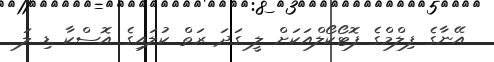
އޭނާގެ ފިލްމްގެ ފޮޓޯކޯލްއަކަށް ލީ ގަދަ ރަތް ކުލައިގެ އޮސްކާ ޑި ލަ